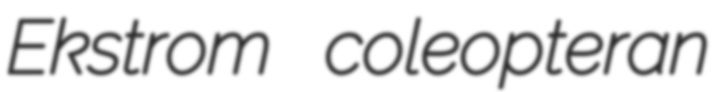
Ekstrom coleopteran